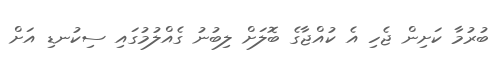
ބުރުމާ ކަށިން ޖެހި އެ ކުއްޖާގެ ބޮލަށް ލިބުނު ގެއްލުމުގައި ސިކުނޑި އަށް